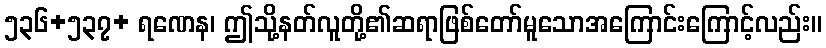
၅၃၆+၅၃၇+ ရဏေန၊ ဤသို့နတ်လူတို့၏ဆရာဖြစ်တော်မူသောအကြောင်းကြောင့်လည်း။